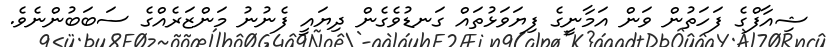
ޝިއާފްގެ ފަހަތުން ވަން އަމާނީގެ ފިޔަވަޅުތައް ގަނޑުވެގެން ދިޔައީ ފެނުނު މަންޒަރެއްގެ ސަބަބުންނެވެ.